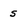
Character: 5